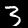
Digit: 3